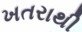
ખતરાથી